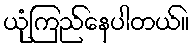
ယုံကြည်နေပါတယ်။